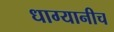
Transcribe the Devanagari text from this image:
धाग्यानीच